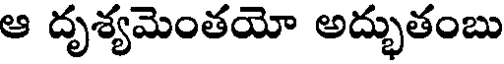
ఆ దృశ్యమెంతయో అద్భుతంబు